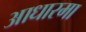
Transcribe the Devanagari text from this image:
आधारमा